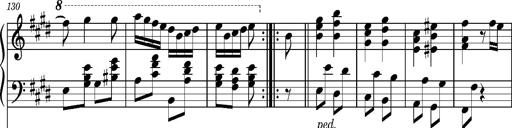
Title: Ungarischer Romanzero
Composer: Franz Liszt